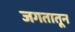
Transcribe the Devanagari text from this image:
जगतातून